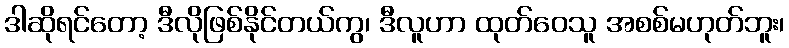
ဒါဆိုရင်တော့ ဒီလိုဖြစ်နိုင်တယ်ကွ၊ ဒီလူဟာ ထုတ်ဝေသူ အစစ်မဟုတ်ဘူး၊